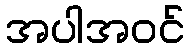
အပါအဝင်